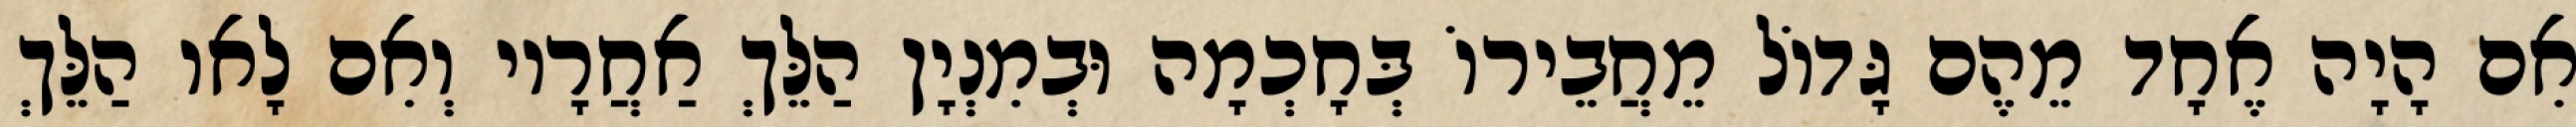
אִם הָיָה אֶחָד מֵהֶם גָּדוֹל מֵחֲבֵירוֹ בְּחָכְמָה וּבְמִנְיָן הַלֵּךְ אַחֲרָיו וְאִם לָאו הַלֵּךְ